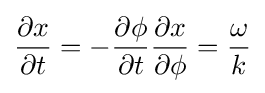
{\frac {\partial x}{\partial t}}=-{\frac {\partial \phi }{\partial t}}{\frac {\partial x}{\partial \phi }}={\frac {\omega }{k}}